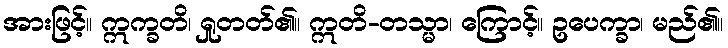
အားဖြင့်။ ဣက္ခတိ၊ ရှုတတ်၏။ ဣတိ-တသ္မာ၊ ကြောင့်။ ဥပေက္ခာ၊ မည်၏။